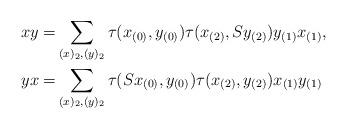
LaTeX: \begin{align*}xy=&\sum_{(x)_2, (y)_2}\tau(x_{(0)},y_{(0)})\tau(x_{(2)},Sy_{(2)})y_{(1)}x_{(1)},\\yx=&\sum_{(x)_2, (y)_2}\tau(Sx_{(0)},y_{(0)})\tau(x_{(2)},y_{(2)})x_{(1)}y_{(1)}\end{align*}